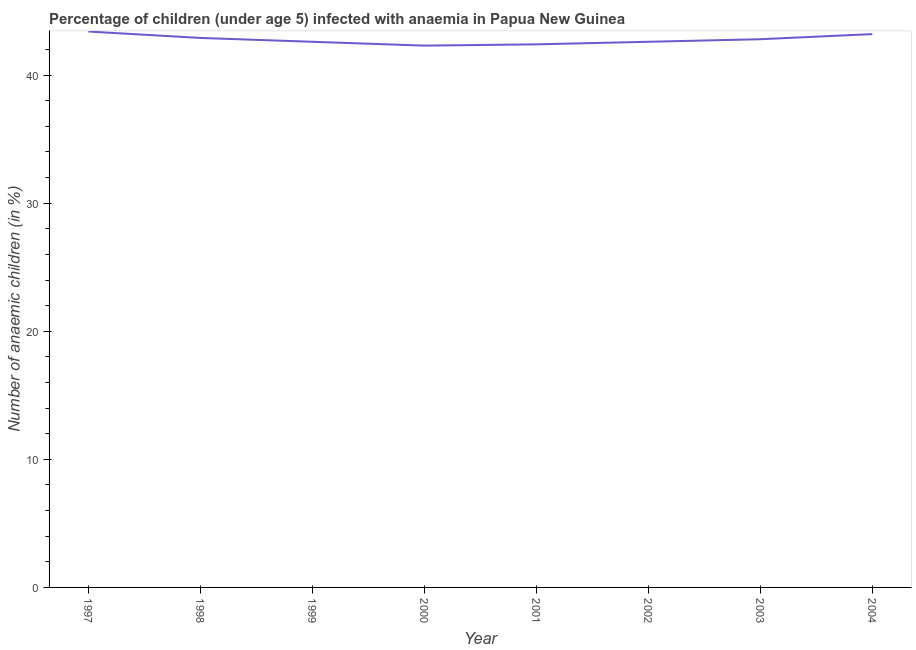
| Year | Prevalence of anemia among children |
 | --- | --- |
 | 1997 | 43.4 |
 | 1998 | 42.9 |
 | 1999 | 42.6 |
 | 2000 | 42.3 |
 | 2001 | 42.4 |
 | 2002 | 42.6 |
 | 2003 | 42.8 |
 | 2004 | 43.2 |